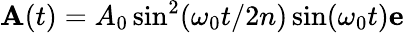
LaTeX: \textit{\textbf{A}}(t)=\textit{A}_{0}\sin^{2}(\omega_{0}t/2n)\sin(\omega_{0}t)\textit{\textbf{e}}